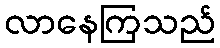
လာနေကြသည်